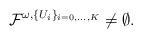
LaTeX: \begin{align*}\mathcal{F}^{\omega,\{U_i\}_{i=0,\dots,K}}\neq\emptyset.\end{align*}